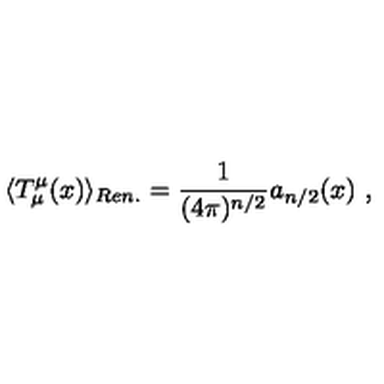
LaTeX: \langle T _ { \mu } ^ { \mu } ( x ) \rangle _ { R e n . } = \frac 1 { ( 4 \pi ) ^ { n / 2 } } a _ { n / 2 } ( x ) \ ,